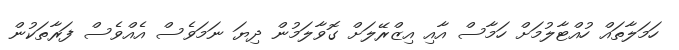
ހަމަލާތައް ހުއްޓާލުމަށް ހަމާސް އާއި އިޒްރޭލަށް ގޮވާލަމުން ދިޔަ ނަމަވެސް އެއްވެސް ފަރާތަކުން